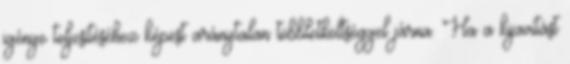
igénye teljesítéséhez képest aránytalan többletköltséggel járna. Ha a kijavítást